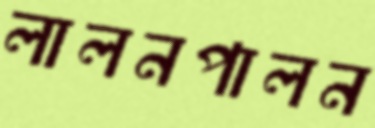
লালনপালন